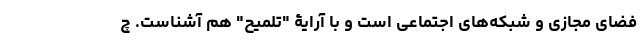
فضای مجازی و شبکه‌های اجتماعی است و با آرایۀ "تلمیح" هم آشناست. چ